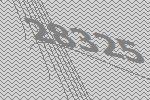
28325